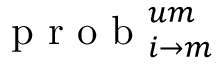
\mathrm { ~ p ~ r ~ o ~ b ~ } _ { i \rightarrow m } ^ { u m }